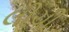
લીચી